Calcutta medical institutions reports 1892-1900
Year: 1892
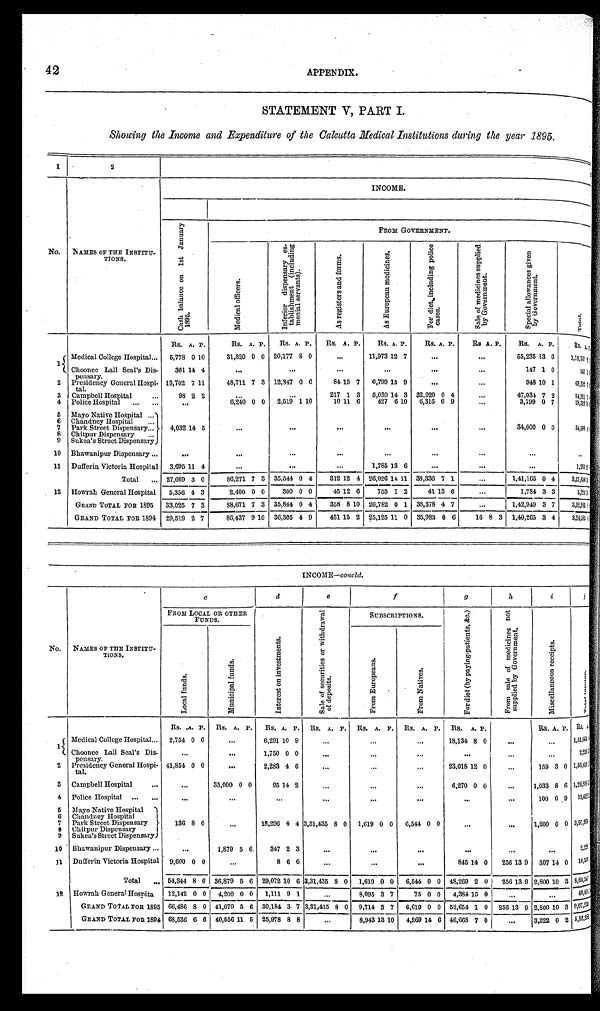
42
APPENDIX.
STATEMENT V, PART I.
Showing the Income and Expenditure of the Calcutta Medical Institutions during the year 1895.
1
2
N o . NAMES OF THE INSTITU-TIONS.
INCOME.
C a s h b a l a n c e o n 1 s t J a n u a r y 1 8 9 5 .
FROM GOVERNMENT.
M e d i c a l o f f i c e r s .
I n f e r i o r d i s p e n s a r y e s - t a b l i s h m e n t ( i n c l u d i n g m e n i a l s e r v a n t s ) .
As registers and forms.
A s E u r o p e a n m e d i c i n e s .
F o r d i e t , i n c l u d i n g p o l i c e c a s e s .
S a l e o f m e d i c i n e s s u p p l i e d b y G o v e r n m e n t .
S p e c i a l a l l o w a n c e s g i v e n b y G o v e r n m e n t .
Total.
R s .A.
P.
R s .A. P.
R s .A. P.
R s .A.
P.
R s .
A. P.
R s .A. P.
R s .A. P.
R s .A. P. Rs.
A.P.
1
Medical College Hospital . . .
5 , 7 7 80
1 0
3 1 , 3 2 00 0
2 0 , 1 7 78 0
. . . 11,973 12 7
. . .
. . .
5 5 , 2 3 513 6
1,18,707 11
Choonee Lall Seal's Dis-
Pensary.
3 6 114
4
. . .
. . .
. . .
. . .
. . .
. . .
1 4 71 0 147
< i l l e g i b l e > <i l l egi bl e>
2 Presidency General Hospi-
tal.
1 3 , 7 0 27
1 1
4 8 , 7 1 17 3
1 2 , 3 4 76 6
8 4
15
7
6 , 7 9 915 9
. . .
. . .
9 4 810 1 69,331 < i l l e g i b l e > <i l l egbl e>i
3 Campbell Hospital . . .
9 8
2
2
. . .
. . .
2 1 71
3
5 , 0 3 914 3
3 2 , 0 2 00 4
. . .
4 7 , 0 3 47 2 84,311 < i l l e g i b l e > <i l l egi bl e>
4 Police Hospital . . .
. . .
6 , 2 4 00 0
2 , 5 1 91 10
1 0
11
6
4 2 76 10
6 , 3 1 66 9
. . .
3 , 7 9 90 7 19,318 i l l e g i b l e ><i l l egi bl e>
5 Mayo Native Hospital . . .
4 , 0 3 214
5
. . .
. . .
. . .
. . .
. . .
. . .
3 4 , 0 0 00 0 34,000 < i l l e g i b l e > <i l l egi bl e>
6 Chandney Hospital . . .
7 Park Street Dispensary
. . .
8 Chitpur Dispensary . . .
9 Sukea's Street Dispensary
1 0 Bhawanipur Dispensary . . .
. . .
. . .
. . .
. . .
. . .
. . .
. . .
. . .. . .
1 1 Dufferin Victoria Hospital
3 , 6 9 511
4
. . .
. . .
. . .
1 , 7 8 513 6
. . .
. . .
. . .1,785
< i l l e g i b l e ><i l l egi bl e>
Total . . .
2 7 , 6 6 93
0
8 6 , 2 7 17 3
3 5 , 5 4 40 4
3 1 212
4
2 6 , 0 2 614 11
3 8 , 3 3 67 1
. . .
1 , 4 1 , 1 6 50 4
3 , 2 7 , 6 5 6
< i l l e g i b l e >illegible>
1 2 Howrah General Hospital
5 , 3 5 64
3
2 , 4 0 00 0
3 0 00 0
4 5
12
6
7 5 51 2
4 1
13 6
. . .
1 , 7 8 43 3
5 , 3 2 6<
i l l e g i b l e ><i l l egi bl e>
GRAND TOTAL FOR 1895
3 3 , 0 2 57
3
3 8 , 6 7 17 3
3 5 , 8 4 40 4
3 5 88
1 0
2 6 , 7 8 20 1
3 8 , 3 7 84 7 . . .
1 , 4 2 , 9 4 93 7
3 , 3 2 , 9 5 3<
i l l e g i b l e ><i l l egi bl e>
GRAND TOTAL FOR 1894
2 9 , 5 1 9
2
7
8 6 , 4 3 79 10
3 6 , 3 0 54 9
4 5 1
15
2
2 5 , 1 2 511 0
3 5 , 9 8 30 6 16 8
3
1 , 4 0 , 2 6 53 4
3 , 2 4 , 5 8 5<
i l l e g i b l e ><i l l egi bl e>
INCOME— concld.
N o .
NAMES OF THE INSTITU-TIONS.
c
d
e f
g
h
i j
FROM LOCAL OR OTHER FUNDS.
I n t e r e s t o n i n v e s t m e n t s .
S a l e o f s e c u r i t i e s o r w i t h d r a w a l o f d e p o s i t s .
SUBSCRIPTIONS.
F o r d i e t ( b y p a y i n g - P a t i e n t s , & c . )
F r o m s a l e o f m e d i c i n e s n o t s u p p l i e d b y G o v e r n m e n t
M i s c e l l a n e o u s r e c e i p t s .
Total income.
L o c a l f u n d s .
M u n i c i p a l f u n d s .
From Europeans.
F r o m N a t i v e s .
R s .A. P.
R s .A. P.
R s .A. P.
R s .A. P. Rs.
A. P.
R s .A. P. Rs.
A. P.
R s .A. P. Rs. A <i l l egi bl e>.
1
Medical College Hospital . . .
2 , 7 5 40 0
. . .
6 , 2 9 110 9
. . .. . .
. . .18,134 8 0
. . .
. . .1,51,665 < i l l e g i b l e > < i l l e g i b l e >
Choonee Lall Seal's Dis-
Pensary.
. . .
. . .
1 , 7 5 00 0
. . .
. . .
. . .. . .
. . .
. . .2,258< i l l e g i b l e > < i l l e g i b l e >
2
Presidency General Hospi-
tal.
4 1 , 8 5 40 0
. . .
2 , 2 8 34 6
. . .
. . .
. . .23,018 12 0
. . .
1 5 93 0 1,50,410< i l l e g i b l e > < i l l e g i b l e > < i l l e g i b l e >
3
Campbell Hospital . . .
. . .
3 5 , 0 0 00 0
9 5
14 2
. . .. . .
. . .6,270
0
0
. . .
1 , 0 3 38 6 1,26,803< i l l e g i b l e > 1 , < i l l e g i b l e >
4
Police Hospital . . .
. . .
. . .
. . .
. . .. . .
. . . . . .
. . .
1 0 00 9 19,418< i l l e g i b l e > < i l l e g i b l e >
5 Mayo Native Hospital
1 3 68 0
. . .
1 8 , 2 9 64 4
3 , 3 1 , 4 3 5
8 0 1,619
0 0
6 , 5 4 40 0 . . .
. . .
1 , 2 0 00 0 3, 97, 264 <i l l egi bl e> <i l l egi bl e>
6 Chandney Hospital
7
Park Street Dispensary
. . .
8 Chitpur Dispensary
9 Sukea's Street Dispensary
1 0
Bhawanipur Dispensary . . .
. . .
1 , 8 7 95 6
3 4 72 3
. . .. . .
. . .. . .
. . .
. . .2, 226 <i l l egi bl e> <i l l egi bl e>
1 1 Dufferin Victoria Hospital
9 , 6 0 00 0
. . .
8 6 6
. . .
. . .
. . .845
14 0
2 5 613 9
3 0 714 0 16, 500 <i l l egi bl e> <i l l egi bl e>
Total . . .
54,344 8 0 36,879 5 6
2 9 , 0 7 210 6
3 , 3 1 , 4 3 58 0
1 , 6 1 90 0 6,544
0 0 48,269 2 0
2 5 613 9
2 , 8 0 010 3
8 , 6 6 , 5 4 7 < i l l e g i b l e > < i l l e g i b l e >
1 2
Howrah General Hospital
12,142 0 0 4,200
0 0
1 , 1 1 19 1
. . .
8 , 0 9 53 7 75
0 0 4,384
15 0
. . .
. . .
4 0 , 6 9 2 < i l l e g i b l e > < i l l e g i b l e >
GRAND TOTAL FOR 1895
66,486 8 0 41,079 5 6
3 0 , 1 8 43 7
3 , 3 1 , 4 3 5 8 0
9 , 7 1 43 7 6,619
0 0 52,654 1 0
2 5 613 9
2 , 8 0 010 3
9 , 0 7 , 2 3 3 < i l l e g i b l e > < i l l e g i b l e >
GRAND TOTAL FOR 1894 68,536 6 6 40,556 11 5
2 5 , 9 7 88 8
. . .
8 , 9 4 313 10 4,269
14 6 46,668 7 0
. . .
3 , 2 2 20
2
5 , 5 2 , 2 8 0 < i l l e g i b l e > < i l l e g i b l e >